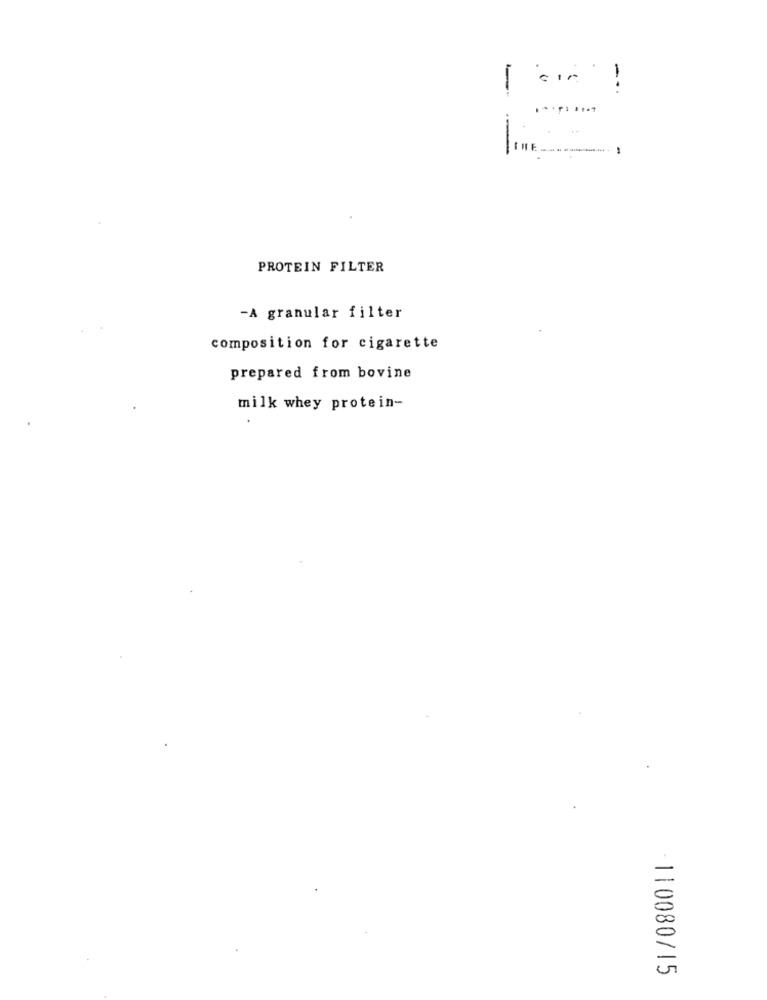
--
--
PROTEIN FILTER
-A granular filter
composition for cigarette
prepared from bovine
milk whey protein-
110080/15